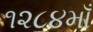
૧૨૮૪માઁ